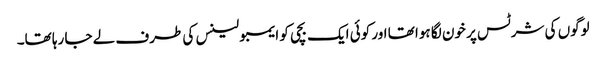
لوگوں کی شرٹس پر خون لگا ہوا تھا اور کوئی ایک بچی کو ایمبولینس کی طرف لے جا رہا تھا۔